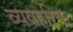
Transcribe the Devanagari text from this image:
व्यवहरिक